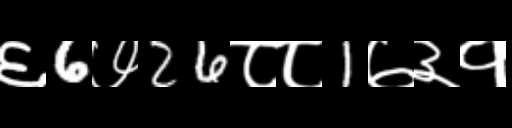
Text: ६6७26८८1७३१